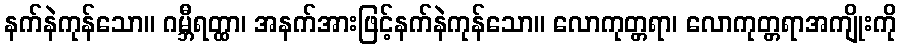
နက်နဲကုန်သော။ ဂမ္ဘီရတ္ထာ၊ အနက်အားဖြင့်နက်နဲကုန်သော။ လောကုတ္တရာ၊ လောကုတ္တရာအကျိုးကို